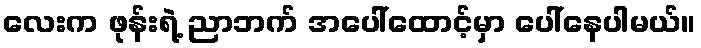
လေးက ဖုန်းရဲ့ ညာဘက် အပေါ်ထောင့်မှာ ပေါ်နေပါမယ်။